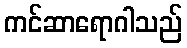
ကင်ဆာရောဂါသည်